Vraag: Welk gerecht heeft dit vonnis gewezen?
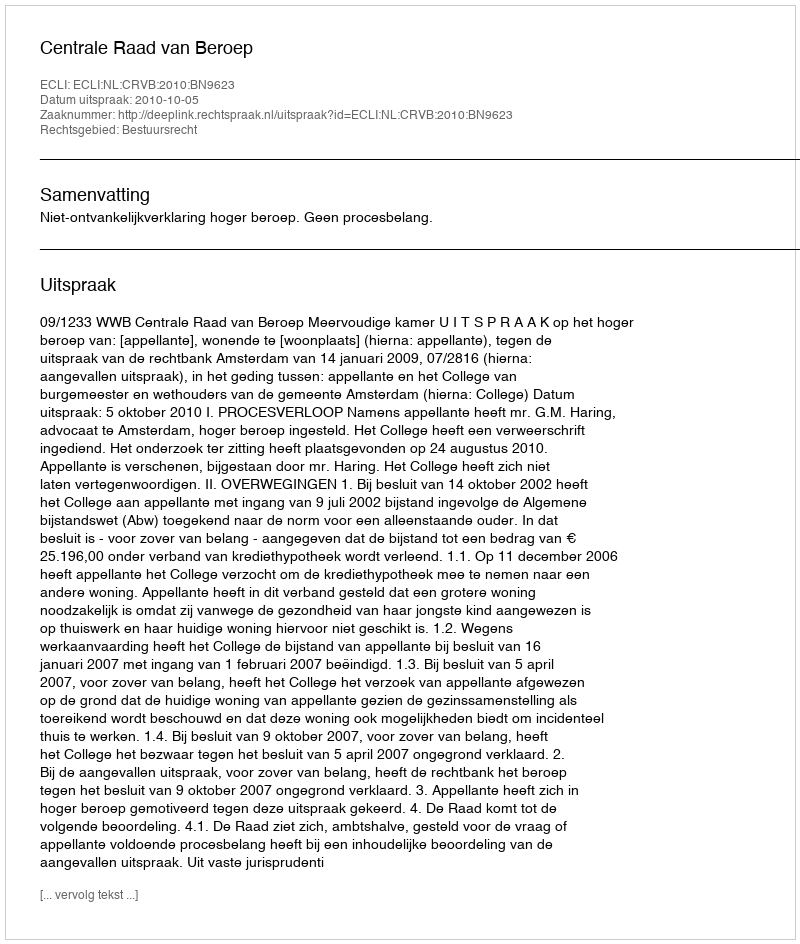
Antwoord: Centrale Raad van Beroep